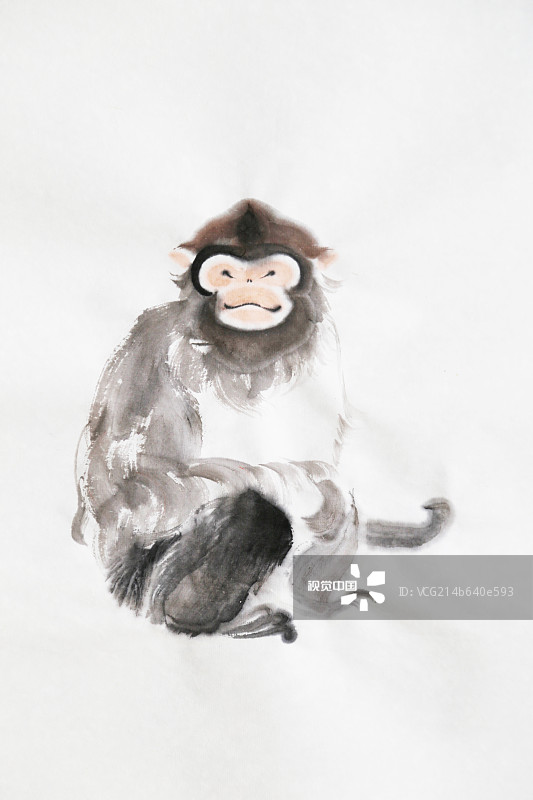
山川萧条极边土，胡骑凭陵杂风雨。